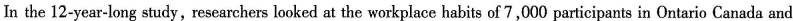
In the 12-year-long study, researchers looked at the workplace habits of 7,000 participants in Ontario Canada and